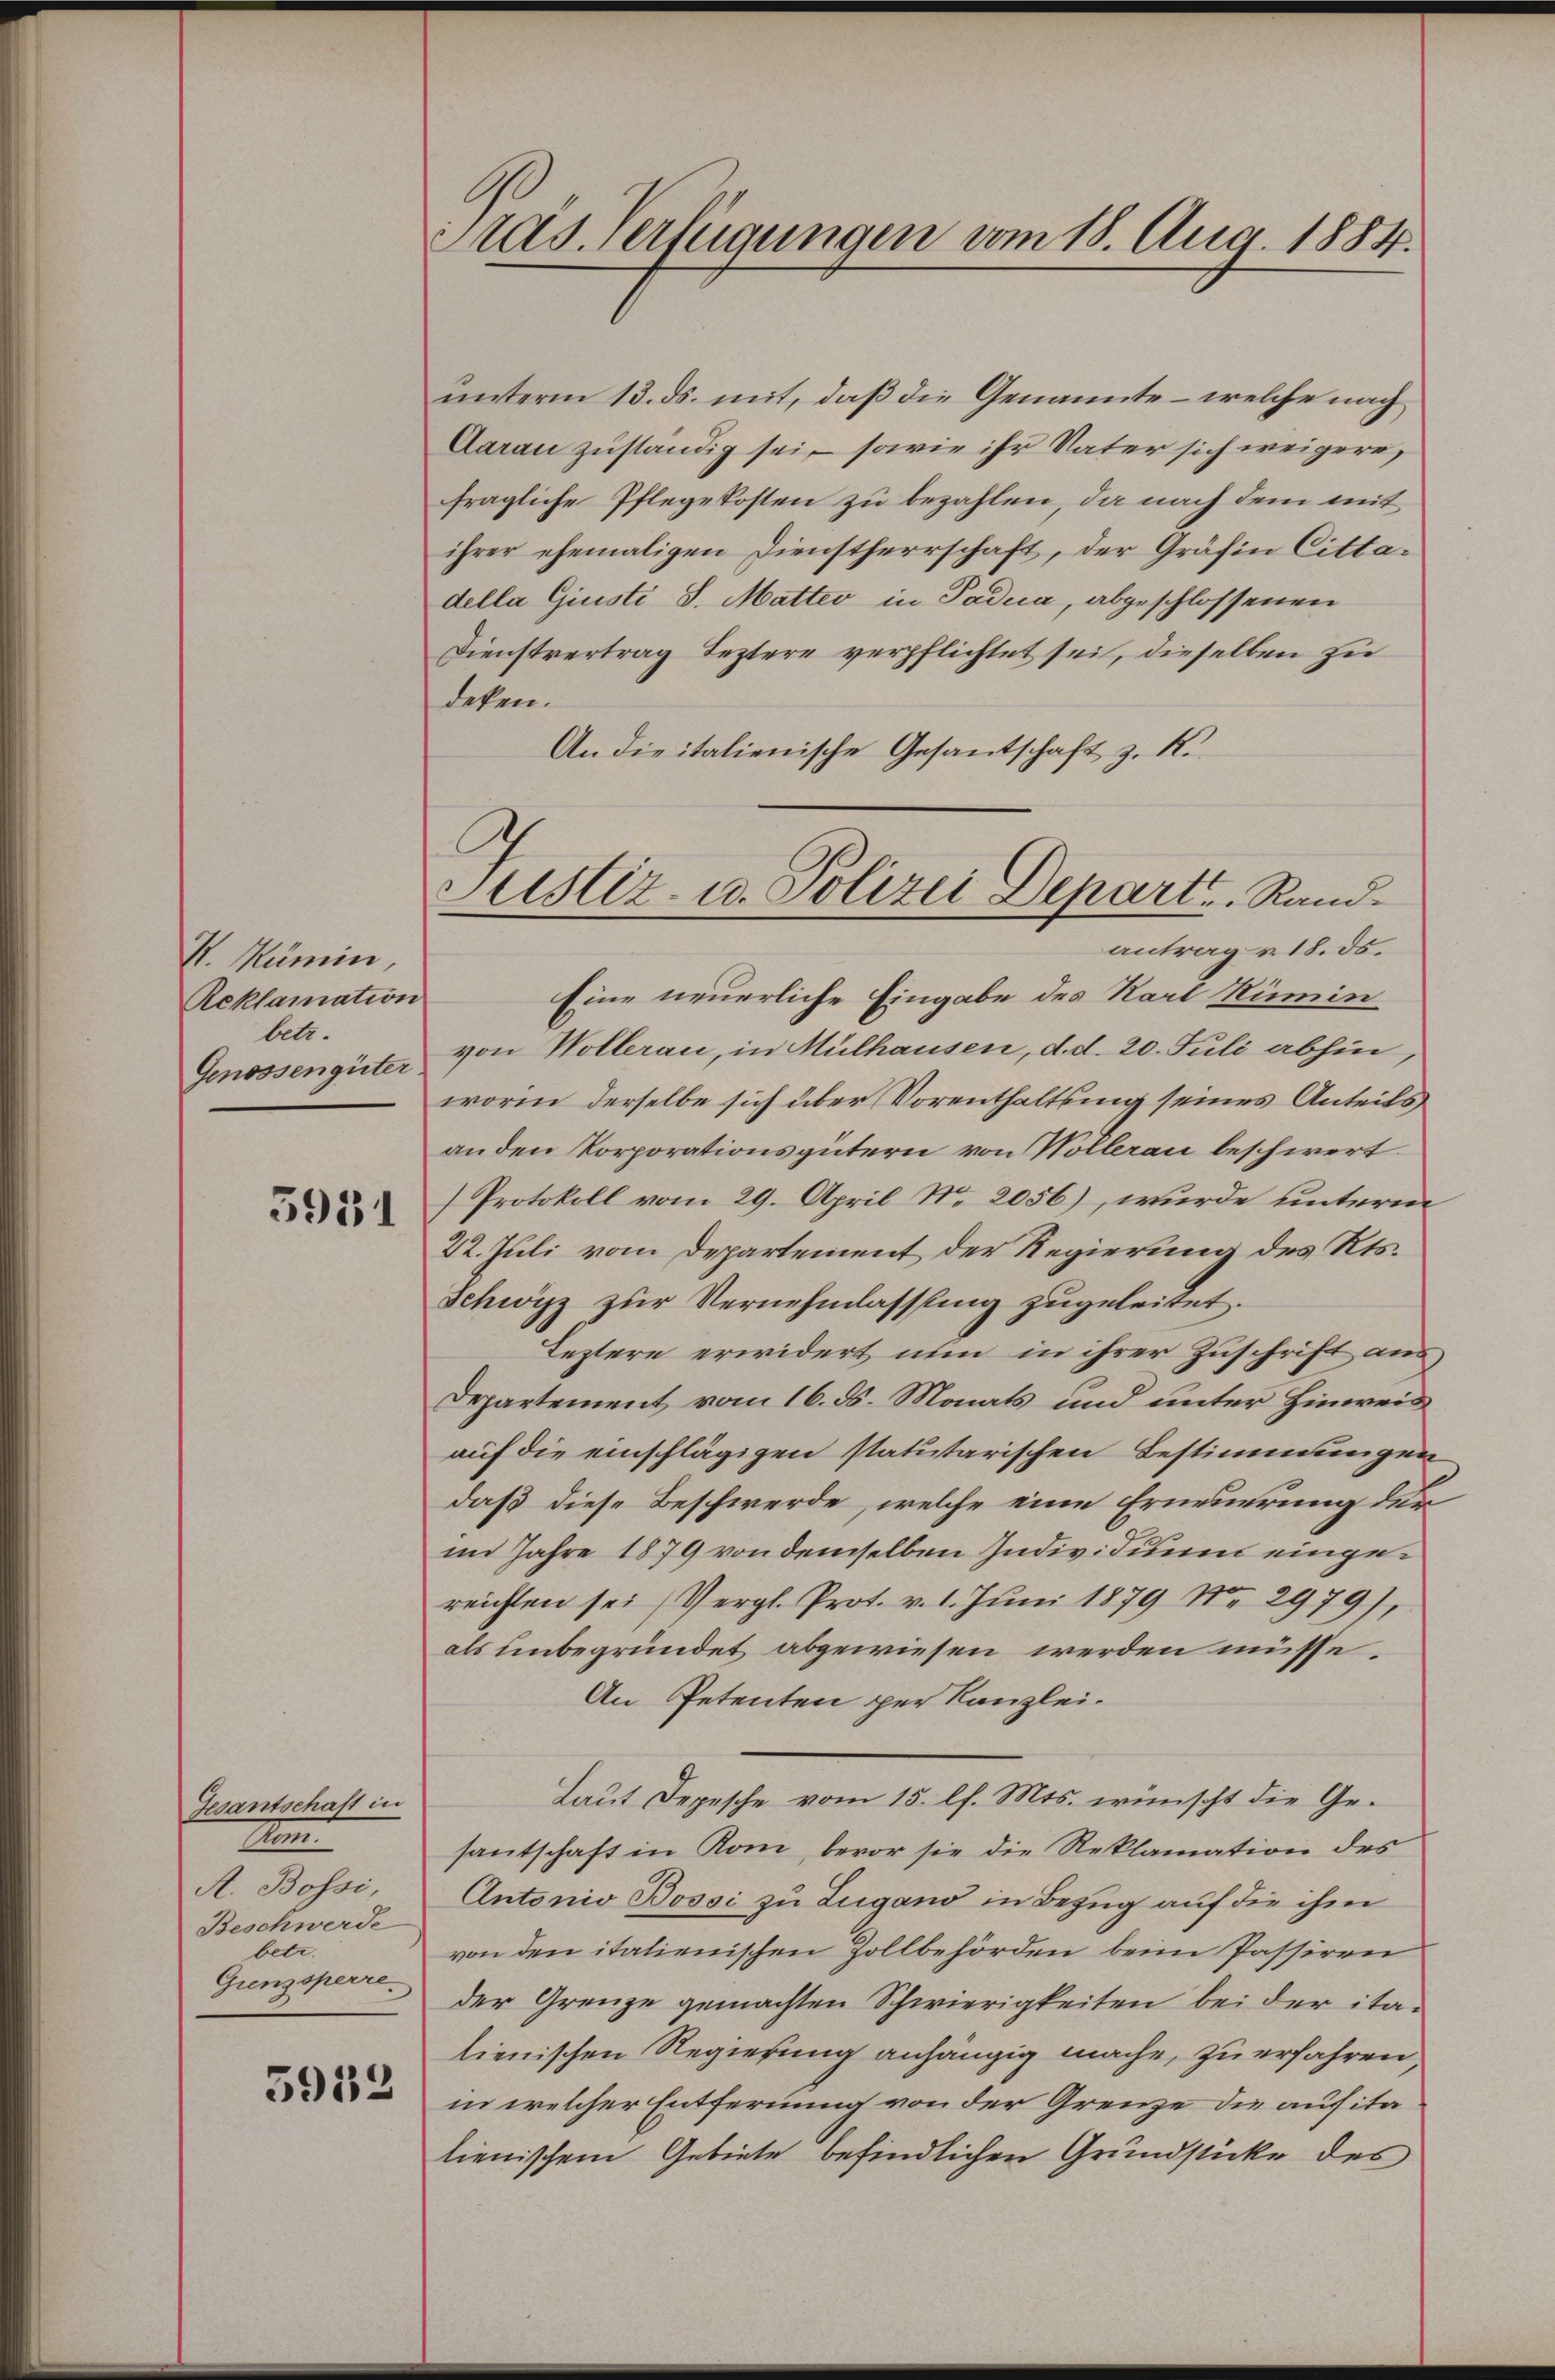
K. Kümin,
Reklamation
betr.
Genossengüter

5951

Gesantschaft in
Mam
A. Bossi,
Beschwerde
betr.
Grenzsperre.

5952

Stas. Verfügungen vom 18. Aug. 1884.

unterm 13. ds. mit, daß die Genannte – welche nach
Aarau zuständig sei – sowie ihr Vater sich weigere,
fragliche Pflegekosten zu bezahlen, da nach dem mit
ihrer ehemaligen Dienstherrschaft, der Gräfin Cittadella Giusti S. Matter in Padua, abgeschlossenen
Dienstvertrag Leztere verpflichtet sei, dieselben zu
deken.
An die italienische Gesantschaft z. K.
Eine neuerliche Eingabe des Karl Ruminvon Wollerau, in Mülhausen, d. d. 20. Juli abhin,
worin derselbe sich über Vorenthaltung seines Anteils
an den Korporationsgütern von Vollerau beschwert.
Protokoll vom 29. April No 2056), wurde unterm
22. Juli vom Departement der Regierung des Kts.
Schwyz zur Vernehmlassung zugeleitet.
Leztere erwidert nun in ihrer Zuschrift aus
Departement vom 16. ds. Monats und unter Hinweis
auf die einschlägigen statutarischen Bestimmungen
daß diese Beschwerde, welche eine Erneuerung der
im Jahre 1879 von demselben Individuum eingereichten sei (Vergl. Prot. v. 1. Juni 1879 No 2979),
als unbegründet abgewiesen werden müsse.
An Petenten per Kanzlei.
Laut Depesche vom 15. l. Mts. wünscht die Gesantschaft in Rom, bevor sie die Reklamation des
Antonio Bossi zu Lugand in Bezug auf die ihm
von den italienischen Zollbehörden beim Passiren
der Grenze gemachten Schwierigkeiten bei der italienischen Regierung anhängig mache, zu erfahren,
in welcher Entfernung von der Grenze die aufitalienischem Gebiete befindlichen Grundstücke des

Justiz- u. Polizei Departe. Randantrag u. 18. ds.